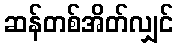
ဆန်တစ်အိတ်လျှင်